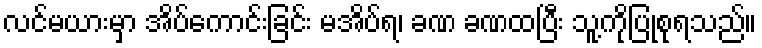
လင်မယားမှာ အိပ်ကောင်းခြင်း မအိပ်ရ၊ ခဏ ခဏထပြီး သူ့ကိုပြုစုရသည်။